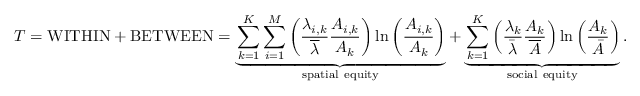
T = \mathrm { W I T H I N } + \mathrm { B E T W E E N } = \underbrace { \sum _ { k = 1 } ^ { K } \sum _ { i = 1 } ^ { M } \left( \frac { \lambda _ { i , k } } { \overline { { \lambda } } } \frac { A _ { i , k } } { A _ { k } } \right) \ln \left( \frac { A _ { i , k } } { A _ { k } } \right) } _ { \mathrm { s p a t i a l ~ e q u i t y } } + \underbrace { \sum _ { k = 1 } ^ { K } \left( \frac { \lambda _ { k } } { \bar { \lambda } } \frac { A _ { k } } { \overline { { A } } } \right) \ln \left( \frac { A _ { k } } { \bar { A } } \right) } _ { \mathrm { s o c i a l ~ e q u i t y } } .